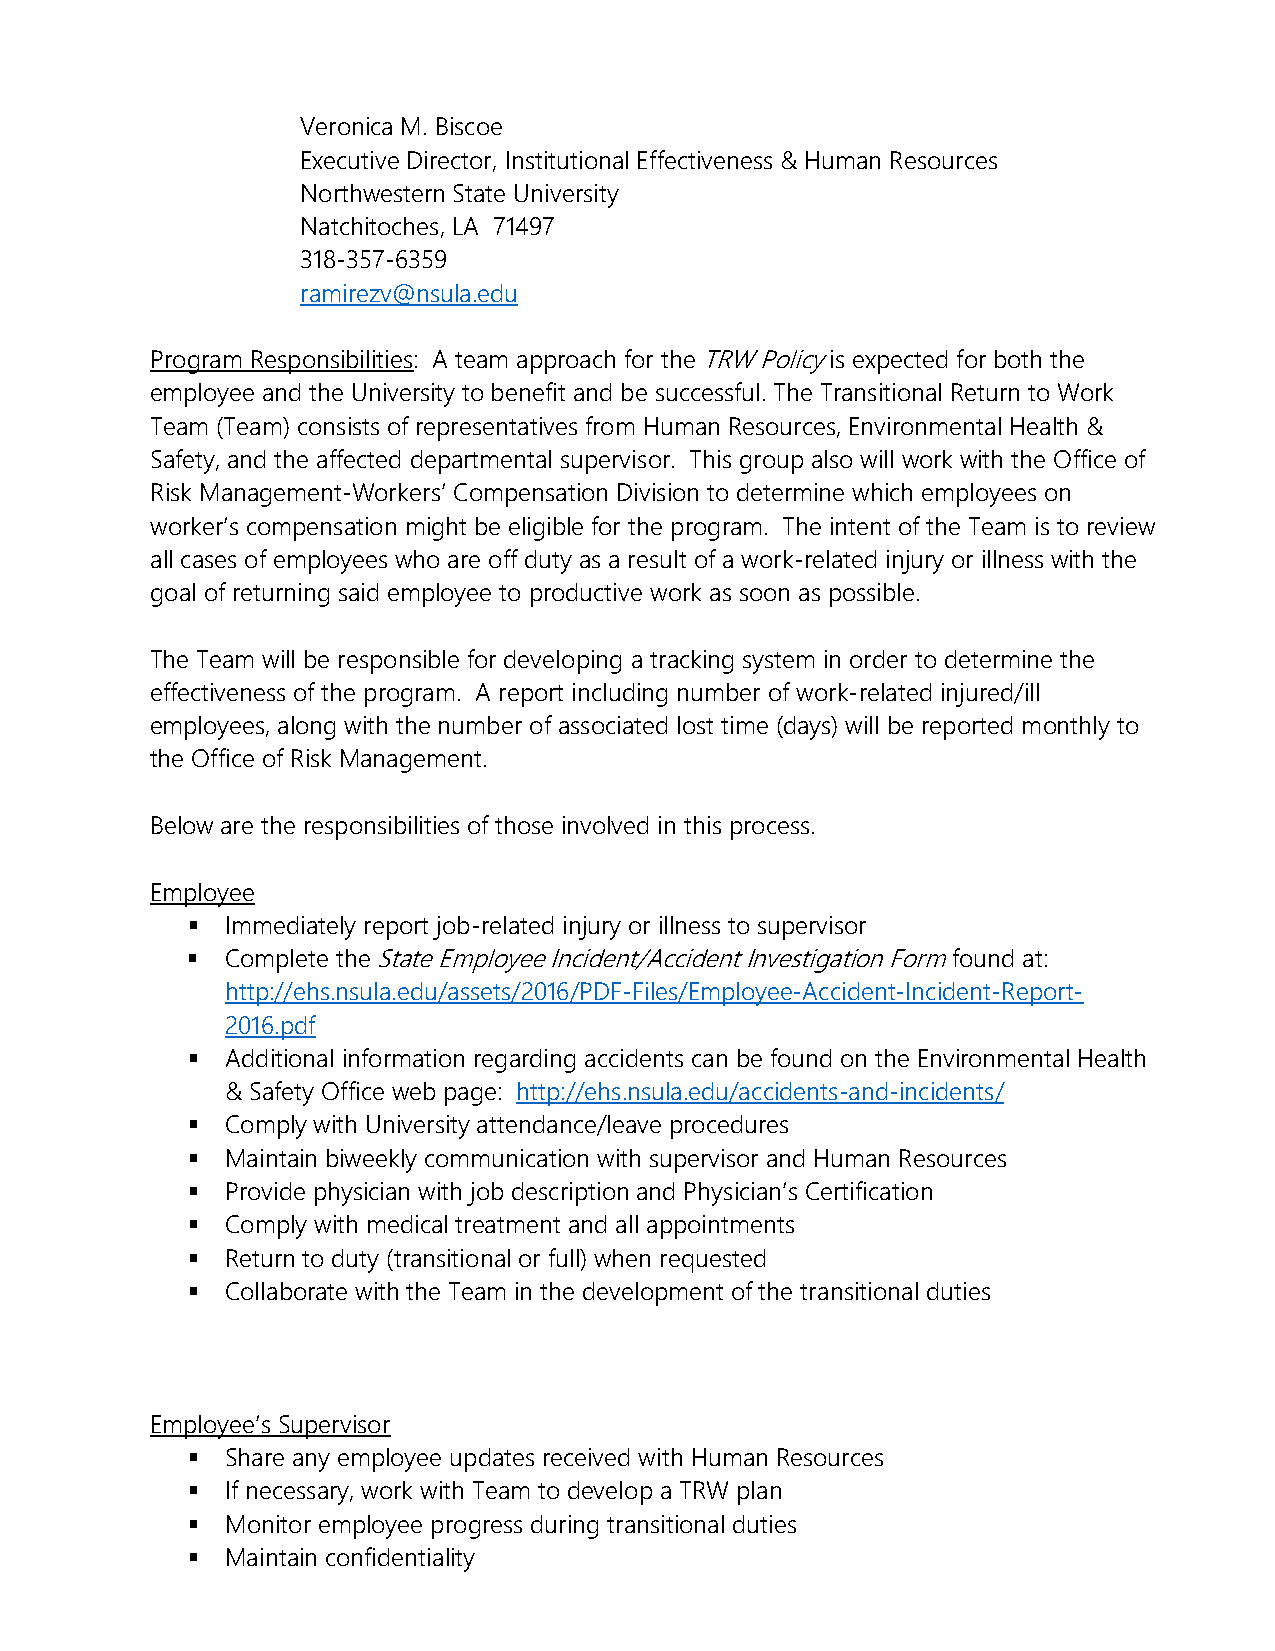
Veronica M. Biscoe
 Executive Director, Institutional Effectiveness & Human Resources
 Northwestern State University
 Natchitoches, LA 71497
 318-357-6359
 ramirezv@nsula.edu
 Program Responsibilities: A team approach for the TRW Policy is expected for both the
 employee and the University to benefit and be successful. The Transitional Return to Work
 Team (Team) consists of representatives from Human Resources, Environmental Health &
 Safety, and the affected departmental supervisor. This group also will work with the Office of
 Risk Management-Workers’ Compensation Division to determine which employees on
 worker’s compensation might be eligible for the program. The intent of the Team is to review
 all cases of employees who are off duty as a result of a work-related injury or illness with the
 goal of returning said employee to productive work as soon as possible.
 The Team will be responsible for developing a tracking system in order to determine the
 effectiveness of the program. A report including number of work-related injured/ill
 employees, along with the number of associated lost time (days) will be reported monthly to
 the Office of Risk Management.
 Below are the responsibilities of those involved in this process.
 Employee
   Immediately report job-related injury or illness to supervisor
   Complete the State Employee Incident/Accident Investigation Form found at:
 http://ehs.nsula.edu/assets/2016/PDF-Files/Employee-Accident-Incident-Report-
 2016.pdf
   Additional information regarding accidents can be found on the Environmental Health
 & Safety Office web page: http://ehs.nsula.edu/accidents-and-incidents/
   Comply with University attendance/leave procedures
   Maintain biweekly communication with supervisor and Human Resources
   Provide physician with job description and Physician’s Certification
   Comply with medical treatment and all appointments
   Return to duty (transitional or full) when requested
   Collaborate with the Team in the development of the transitional duties
 Employee’s Supervisor
   Share any employee updates received with Human Resources
   If necessary, work with Team to develop a TRW plan
   Monitor employee progress during transitional duties
   Maintain confidentiality